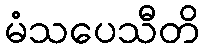
မံသပေသီတိ